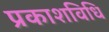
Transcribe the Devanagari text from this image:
प्रकाशविधि